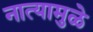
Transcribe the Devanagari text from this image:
नात्यामुळे